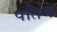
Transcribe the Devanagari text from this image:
पतिम